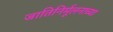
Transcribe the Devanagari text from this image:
जातिनिर्मूलनाच्या